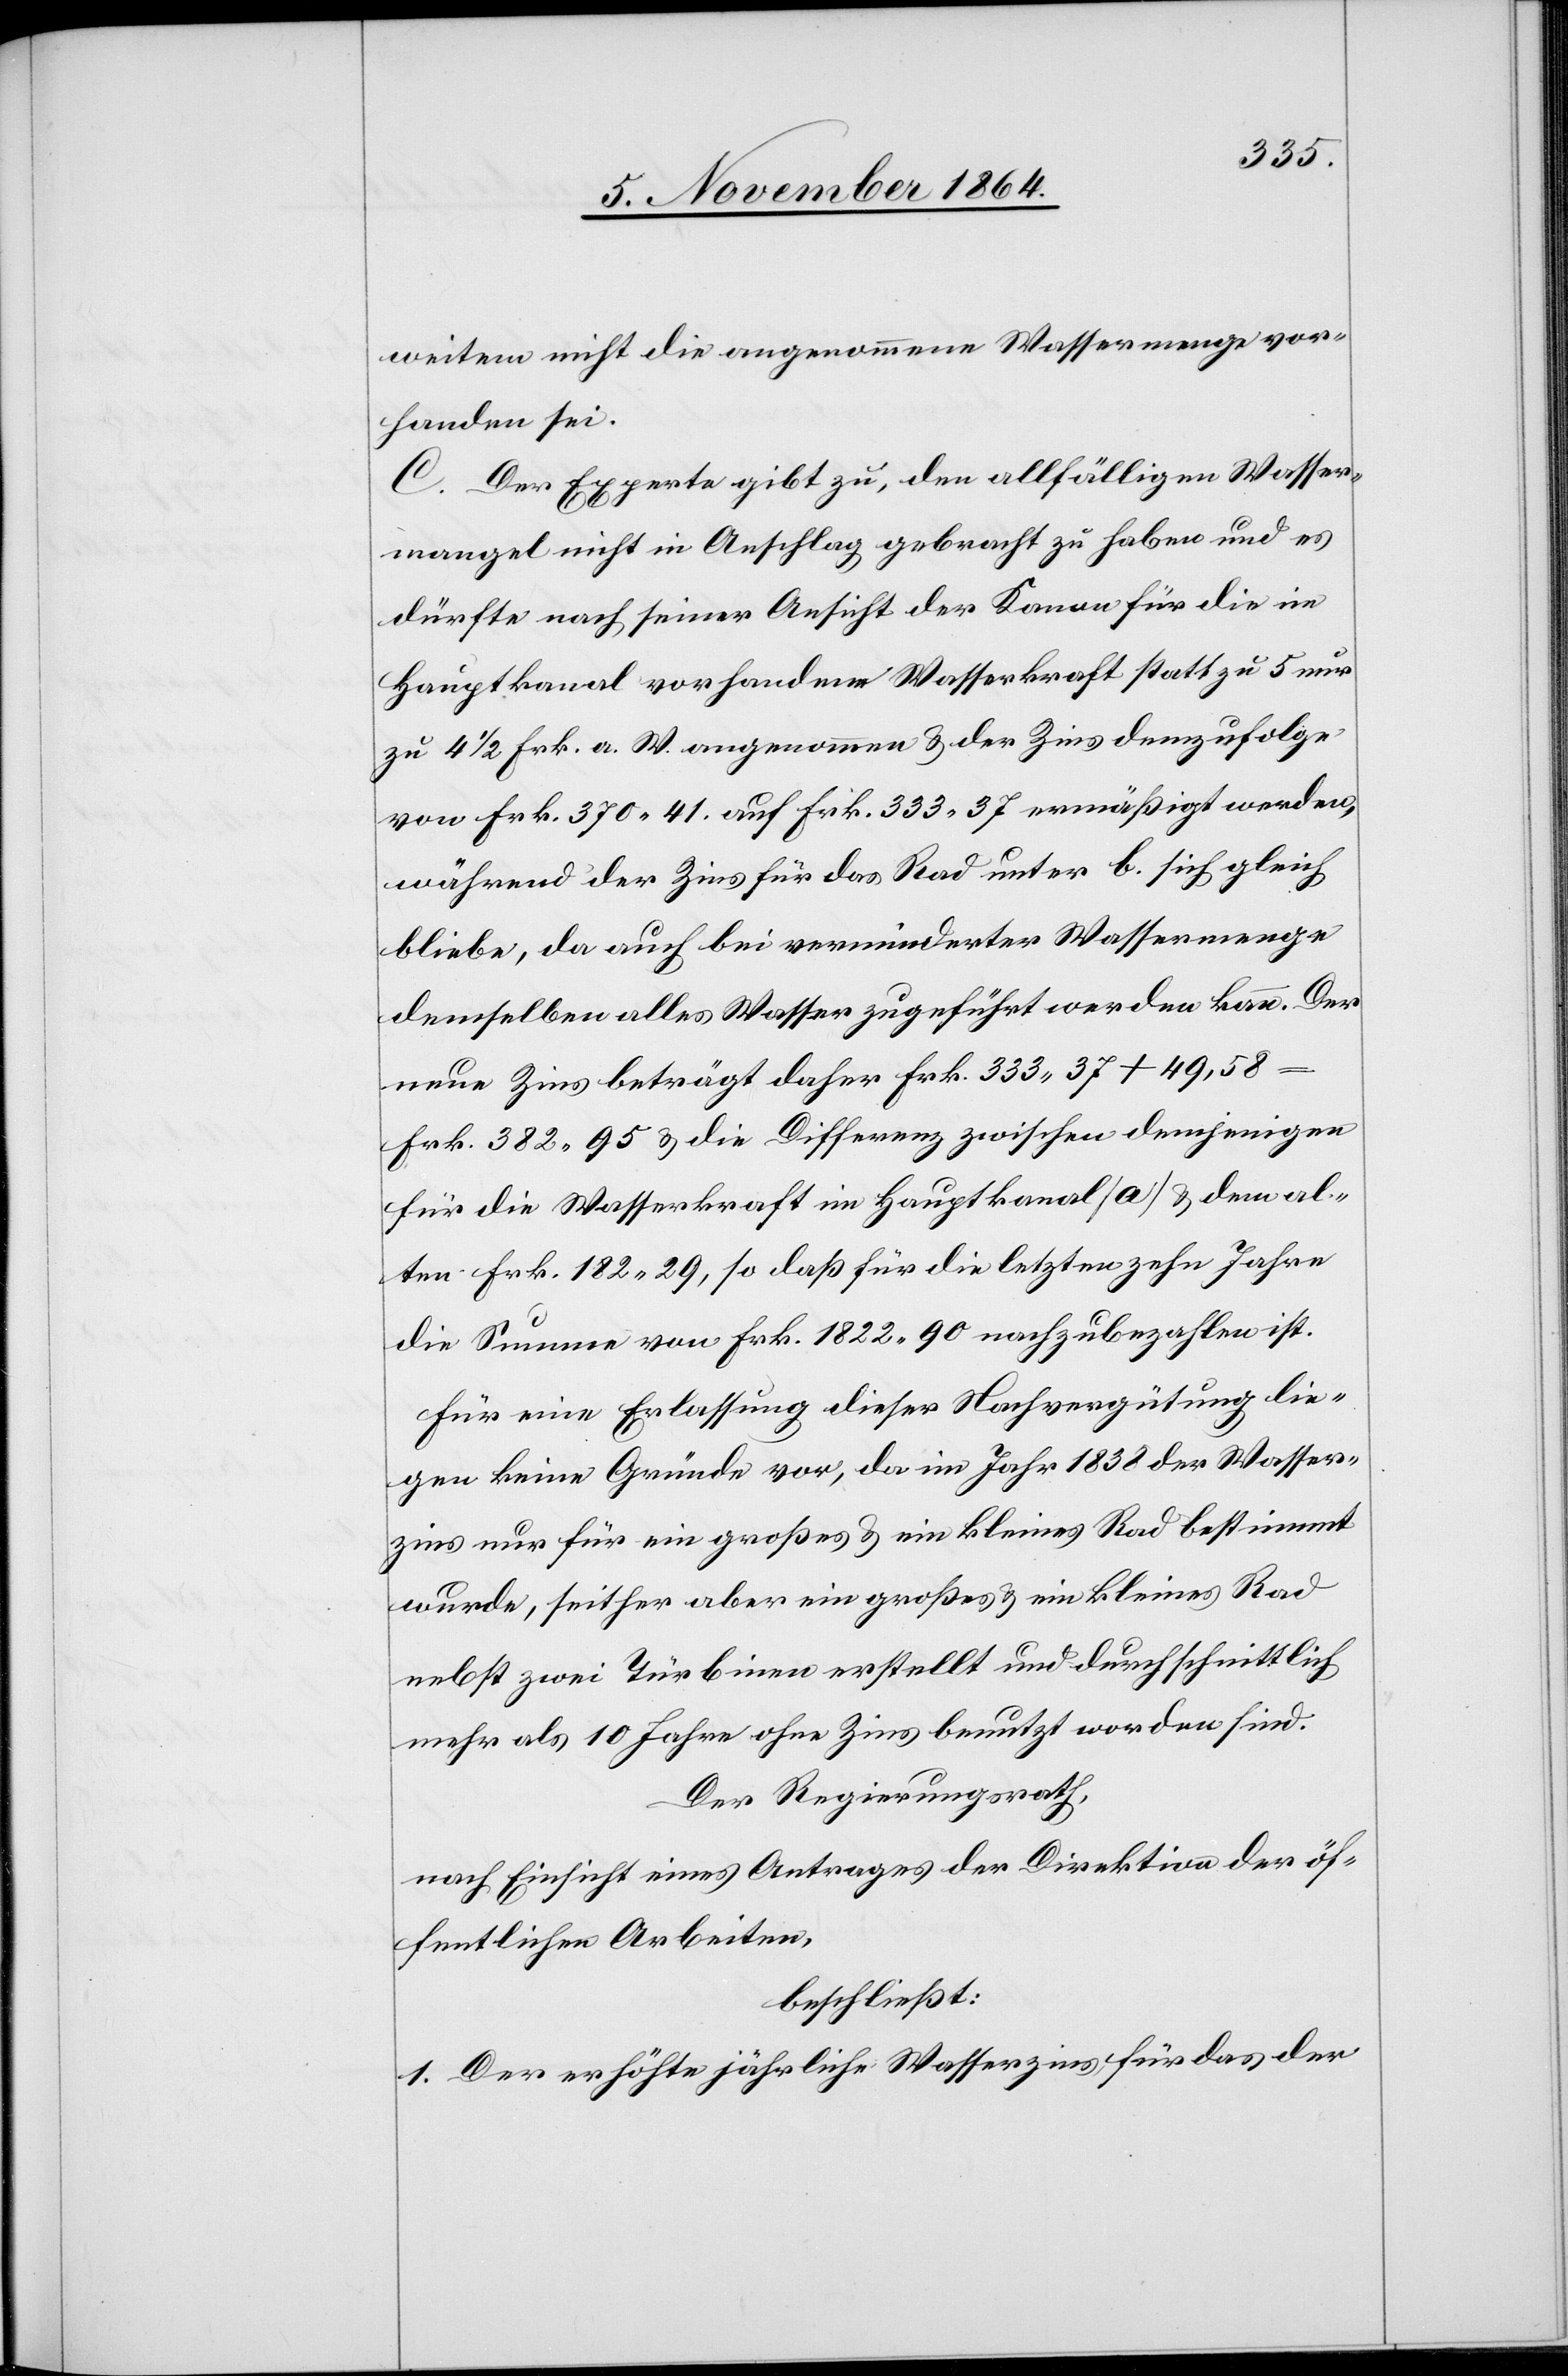
weitem nicht die angenommene Wassermenge vor¬
handen sei.
C. Der Experte gibt zu, den allfälligen Wasser¬
mangel nicht in Anschlag gebracht zu haben und es
dürfte nach seiner Ansicht der Kanon für die im
Hauptkanal vorhandene Wasserkraft statt zu 5 nur
zu 4 1/2 Frk. a. W. angenommen & der Zins demzufolge
von Frk. 370.41. auf Frk. 333.37 ermäßigt werden,
während der Zins für das Rad unter b. sich gleich
bleibe, da auch bei verminderter Wassermenge
demselben alles Wasser zugeführt werden kann. Der
neue Zins beträgt daher Frk. 333.37 + 49,58
Frk. 382.95 & die Differenz zwischen demjenigen
für die Wasserkraft im Hauptkanal [a] & dem al¬
ten Frk. 182.29, so daß für die letzten zehn Jahre
die Summe von Frk. 1822.90 nachzubezahlen ist.
Für eine Erlassung dieser Nachvergütung lie¬
gen keine Gründe vor, da im Jahr 1838 der Wasser¬
zins nur für ein großes & ein kleines Rad nebst
mehr als 10 Jahre ohne Zins benutzt worden sind.
Der Regierungsrath,
nach Einsicht eines Antrages der Direktion der öf¬
fentlichen Arbeiten,
beschließt:
1. Der erhöhte jährliche Wasserzins für das der